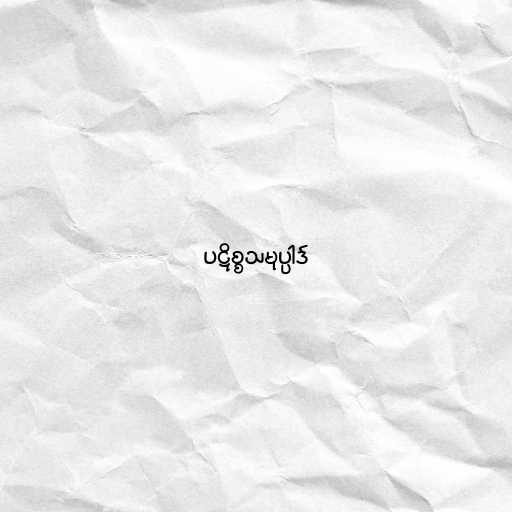
ပဋိစ္စသမုပ္ပါဒ်